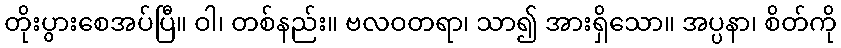
တိုးပွားစေအပ်ပြီ။ ဝါ၊ တစ်နည်း။ ဗလဝတရာ၊ သာ၍ အားရှိသော။ အပ္ပနာ၊ စိတ်ကို